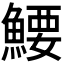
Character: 𬵜